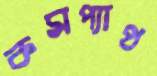
কমপ্যাথ